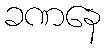
ခဏနေ